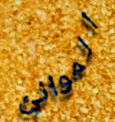
الموانئ